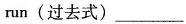
run(过去式)___